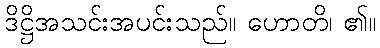
ဒိဋ္ဌိအသင်းအပင်းသည်။ ဟောတိ၊ ၏။